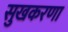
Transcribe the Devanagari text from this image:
सुखकरणा